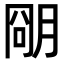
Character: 𬚽